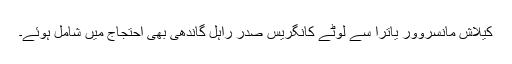
کیلاش مانسروور یاترا سے لوٹے کانگریس صدر راہل گاندھی بھی احتجاج میں شامل ہوئے۔